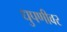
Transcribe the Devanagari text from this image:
धुपणीवर